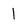
Character: l